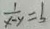
\frac { 1 } { x - y } = b